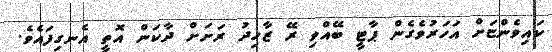
ކައިވެންޏަށް އަހަރުވެގެން ޕާޓީ ބޭއްވި ރޭ ޒާހިދު ރަށަށް ދާކަން އޮތީ އެނގިފައެވެ.